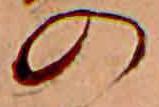
の